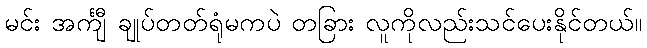
မင်း အင်္ကျီ ချုပ်တတ်ရုံမကပဲ တခြား လူကိုလည်းသင်ပေးနိုင်တယ်။